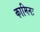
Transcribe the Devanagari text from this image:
कामिनः